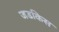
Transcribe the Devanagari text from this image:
जडकिस